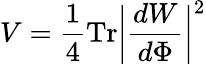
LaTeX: V={\frac{1}{4}}\mathrm{Tr}\biggl|{\frac{dW}{d\Phi}}\biggr|^{2}